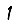
Digit: 1